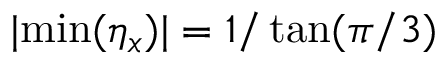
| \mathrm { m i n } ( \eta _ { x } ) | = 1 / \tan ( \pi / 3 )